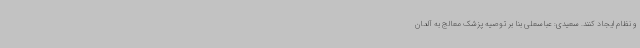
و نظام ایجاد کنند. سعیدی: عباسعلی بنا بر توصیه پزشک معالج به آلمان